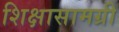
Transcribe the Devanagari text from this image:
शिक्षासामग्री